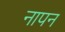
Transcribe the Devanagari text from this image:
नापन